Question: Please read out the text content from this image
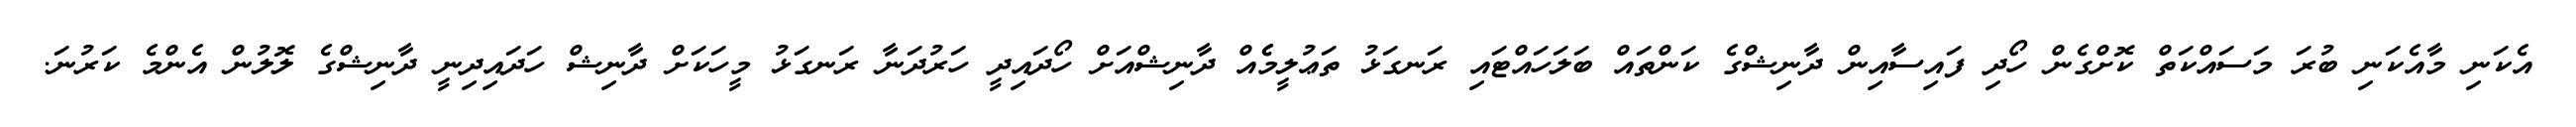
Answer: އެކަނި މާއެކަނި ބުރަ މަސައްކަތް ކޮށްގެން ހޯދި ފައިސާއިން ދާނިޝްގެ ކަންތައް ބަލަހައްޓައި ރަނގަޅު ތަޢުލީމެެއް ދާނިޝްއަށް ހޯދައިދީ ހަރުދަނާ ރަނގަޅު މީހަކަށް ދާނިޝް ހަދައިދިނީ ދާނިޝްގެ ލޮލުން އެންމެ ކަރުނަ.